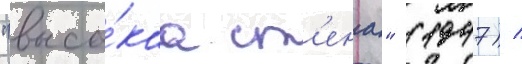
"высо́каа ст'ена" (1947) /